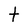
Character: t